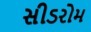
સીડરોમ